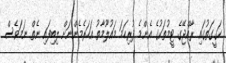
ހަގީގަތުގައި ރާއްޖޭގެ ޓީމުތަކުގެ އެންމެ ފުރިހަމަ މައުލޫމާތު އަހަރެމެންނަށް ލިބިފައި ނެތް ނަމަވެސް